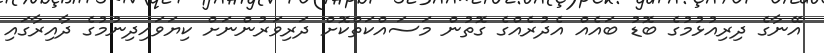
އޭނާގެ ދިރިއުޅުމުގެ ބޮޑު ބައެއް އެދުރެއްގެ ގޮތުން މަސައްކަތްކޮށް ދަރިވަރުންނަށް ކިޔަވައިދިނުމުގެ ދާއިރާގައި